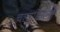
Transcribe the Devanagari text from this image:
चाल्डियनों